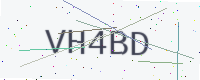
Text: VH4BD